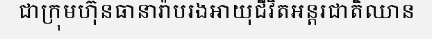
ជាក្រុមហ៊ុនធានារ៉ាបរងអាយុជីវិតអន្តរជាតិឈាន